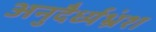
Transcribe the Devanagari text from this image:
अनुदैर्ध्यभ्रंश